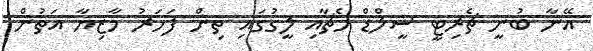
އޭނާ ބުނީ ޗެރިޓީ ޝީލްޑް މެޗާއި ލީގުގައި ތިން ފަހަރު މާޒިޔާ އަތުން